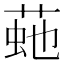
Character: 𦴍